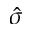
\hat { \sigma }